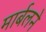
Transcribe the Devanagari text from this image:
मार्बलने